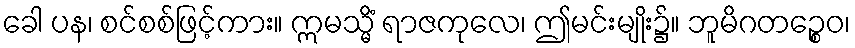
ခေါ ပန၊ စင်စစ်ဖြင့်ကား။ ဣမသ္မိံ ရာဇကုလေ၊ ဤမင်းမျိုး၌။ ဘူမိဂတဉ္စေဝ၊